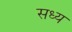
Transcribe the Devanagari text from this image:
सध्य